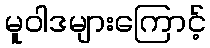
မူဝါဒများကြောင့်